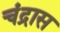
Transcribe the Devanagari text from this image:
चंद्रास